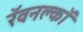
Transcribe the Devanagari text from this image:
रॅवनक्लॉ